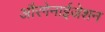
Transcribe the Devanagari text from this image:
औरगेनाईजेशन